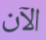
الآن